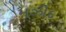
મઝીદ